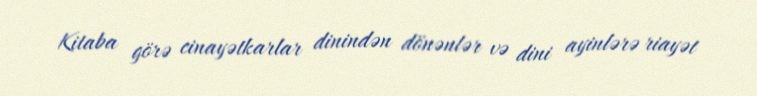
Kitaba görə cinayətkarlar dinindən dönənlər və dini ayinlərə riayət